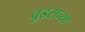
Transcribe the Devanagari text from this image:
वूड्सच्या